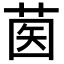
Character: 𦱵